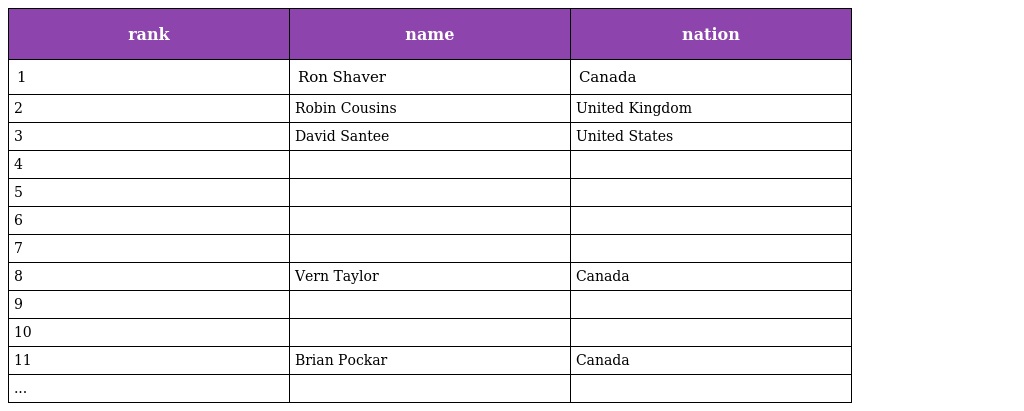
| rank | name | nation |
 | --- | --- | --- |
 | 1 | Ron Shaver | Canada |
 | 2 | Robin Cousins | United Kingdom |
 | 3 | David Santee | United States |
 | 4 |  |  |
 | 5 |  |  |
 | 6 |  |  |
 | 7 |  |  |
 | 8 | Vern Taylor | Canada |
 | 9 |  |  |
 | 10 |  |  |
 | 11 | Brian Pockar | Canada |
 | ... |  |  |